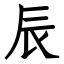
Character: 辰